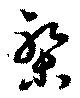
槃